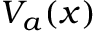
V _ { a } ( x )